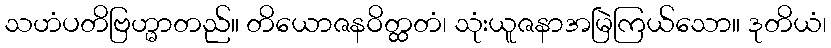
သဟံပတိဗြဟ္မာတည်။ တိယောဇနဝိတ္ထတံ၊ သုံးယူဇနာအမြဲကြယ်သော။ ဒုတိယံ၊